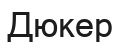
Дюкер